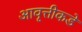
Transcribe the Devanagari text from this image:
आवृत्तीकडे